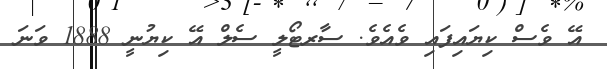
އޭ ވެސް ކިޔައިފައި ވެއެވެ. ސާރޓޯލީ ސެލް އޭ ކިޔުނީ 1888 ވަނަ